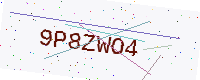
Text: 9P8ZWO4